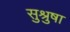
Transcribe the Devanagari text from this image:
सुश्रुषा